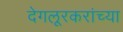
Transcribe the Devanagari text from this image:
देगलूरकरांच्या